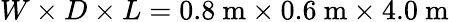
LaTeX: W\times D\times L=0.8~\mathrm{m}\times 0.6~\mathrm{m}\times 4.0~\mathrm{m}